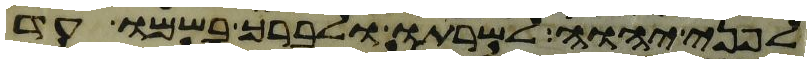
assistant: לפני יהוה לשרתו ולברך בשמו עד